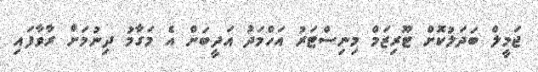
ޖަމީލް ބަދަލުކޮށް ޓޫރިޒަމް މިނިސްޓަރު އަހްމަދު އަދީބަށް އެ މަގާމު ދިނުމަށް ރާވާފައި